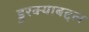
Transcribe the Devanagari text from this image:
डुरक्याबद्दल